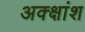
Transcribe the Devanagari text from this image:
अक्क्षांश